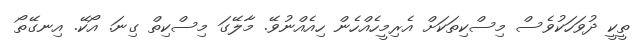
ތީކީ ދުވަހަކުވެސް މިސްކިތަކަށް އެރިމީހެއްހެން ހިއެއްނުވޭ. މާލޭގަ މިސްކިތް ގިނަ. އޯކޭ. އިނގޭތޯ